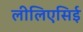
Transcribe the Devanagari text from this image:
लीलिएसिई